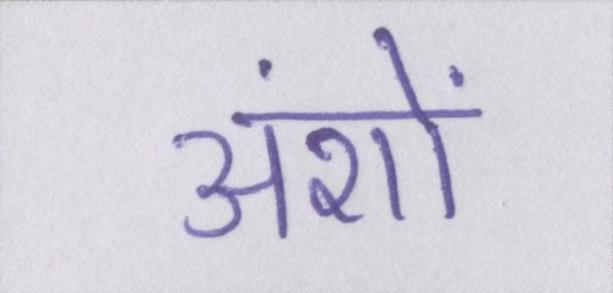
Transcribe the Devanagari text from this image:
अंशों